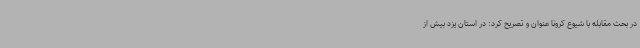
در بحث مقابله با شیوع کرونا عنوان و تصریح کرد: در استان یزد بیش از